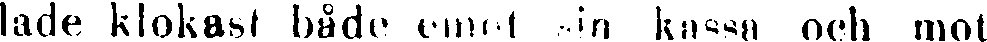
lade klokast både emot sin kassa och mot